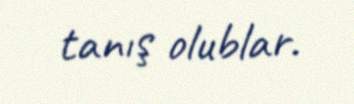
tanış olublar.